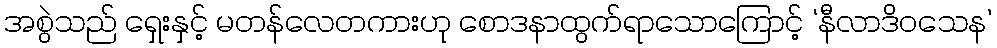
အစွဲသည် ရှေးနှင့် မတန်လေတကားဟု စောဒနာထွက်ရာသောကြောင့် ‘နီလာဒိဝသေန’